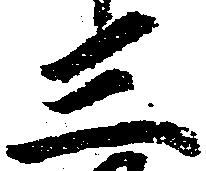
三